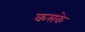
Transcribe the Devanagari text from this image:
कसके